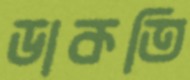
ডাকতি